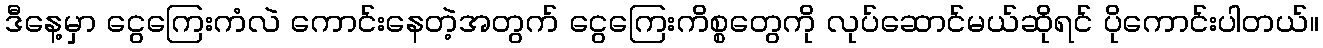
ဒီနေ့မှာ ငွေကြေးကံလဲ ကောင်းနေတဲ့အတွက် ငွေကြေးကိစ္စတွေကို လုပ်ဆောင်မယ်ဆိုရင် ပိုကောင်းပါတယ်။